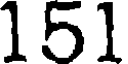
151